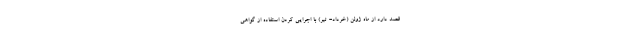
قصد دارد از ماه ژوئن (خرداد- تیر) با اجرایی کردن استفاده از گواهی